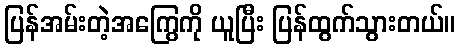
ပြန်အမ်းတဲ့အကြွေကို ယူပြီး ပြန်ထွက်သွားတယ်။